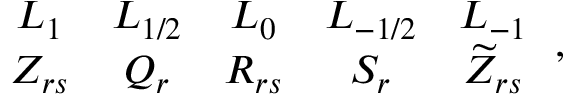
\begin{array} { c c c c c } { { L _ { 1 } } } & { { L _ { 1 / 2 } } } & { { L _ { 0 } } } & { { L _ { - 1 / 2 } } } & { { L _ { - 1 } } } \\ { { Z _ { r s } } } & { { Q _ { r } } } & { { R _ { r s } } } & { { S _ { r } } } & { { \widetilde { Z } _ { r s } } } \end{array} \, ,